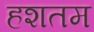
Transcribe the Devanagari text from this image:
हशतम